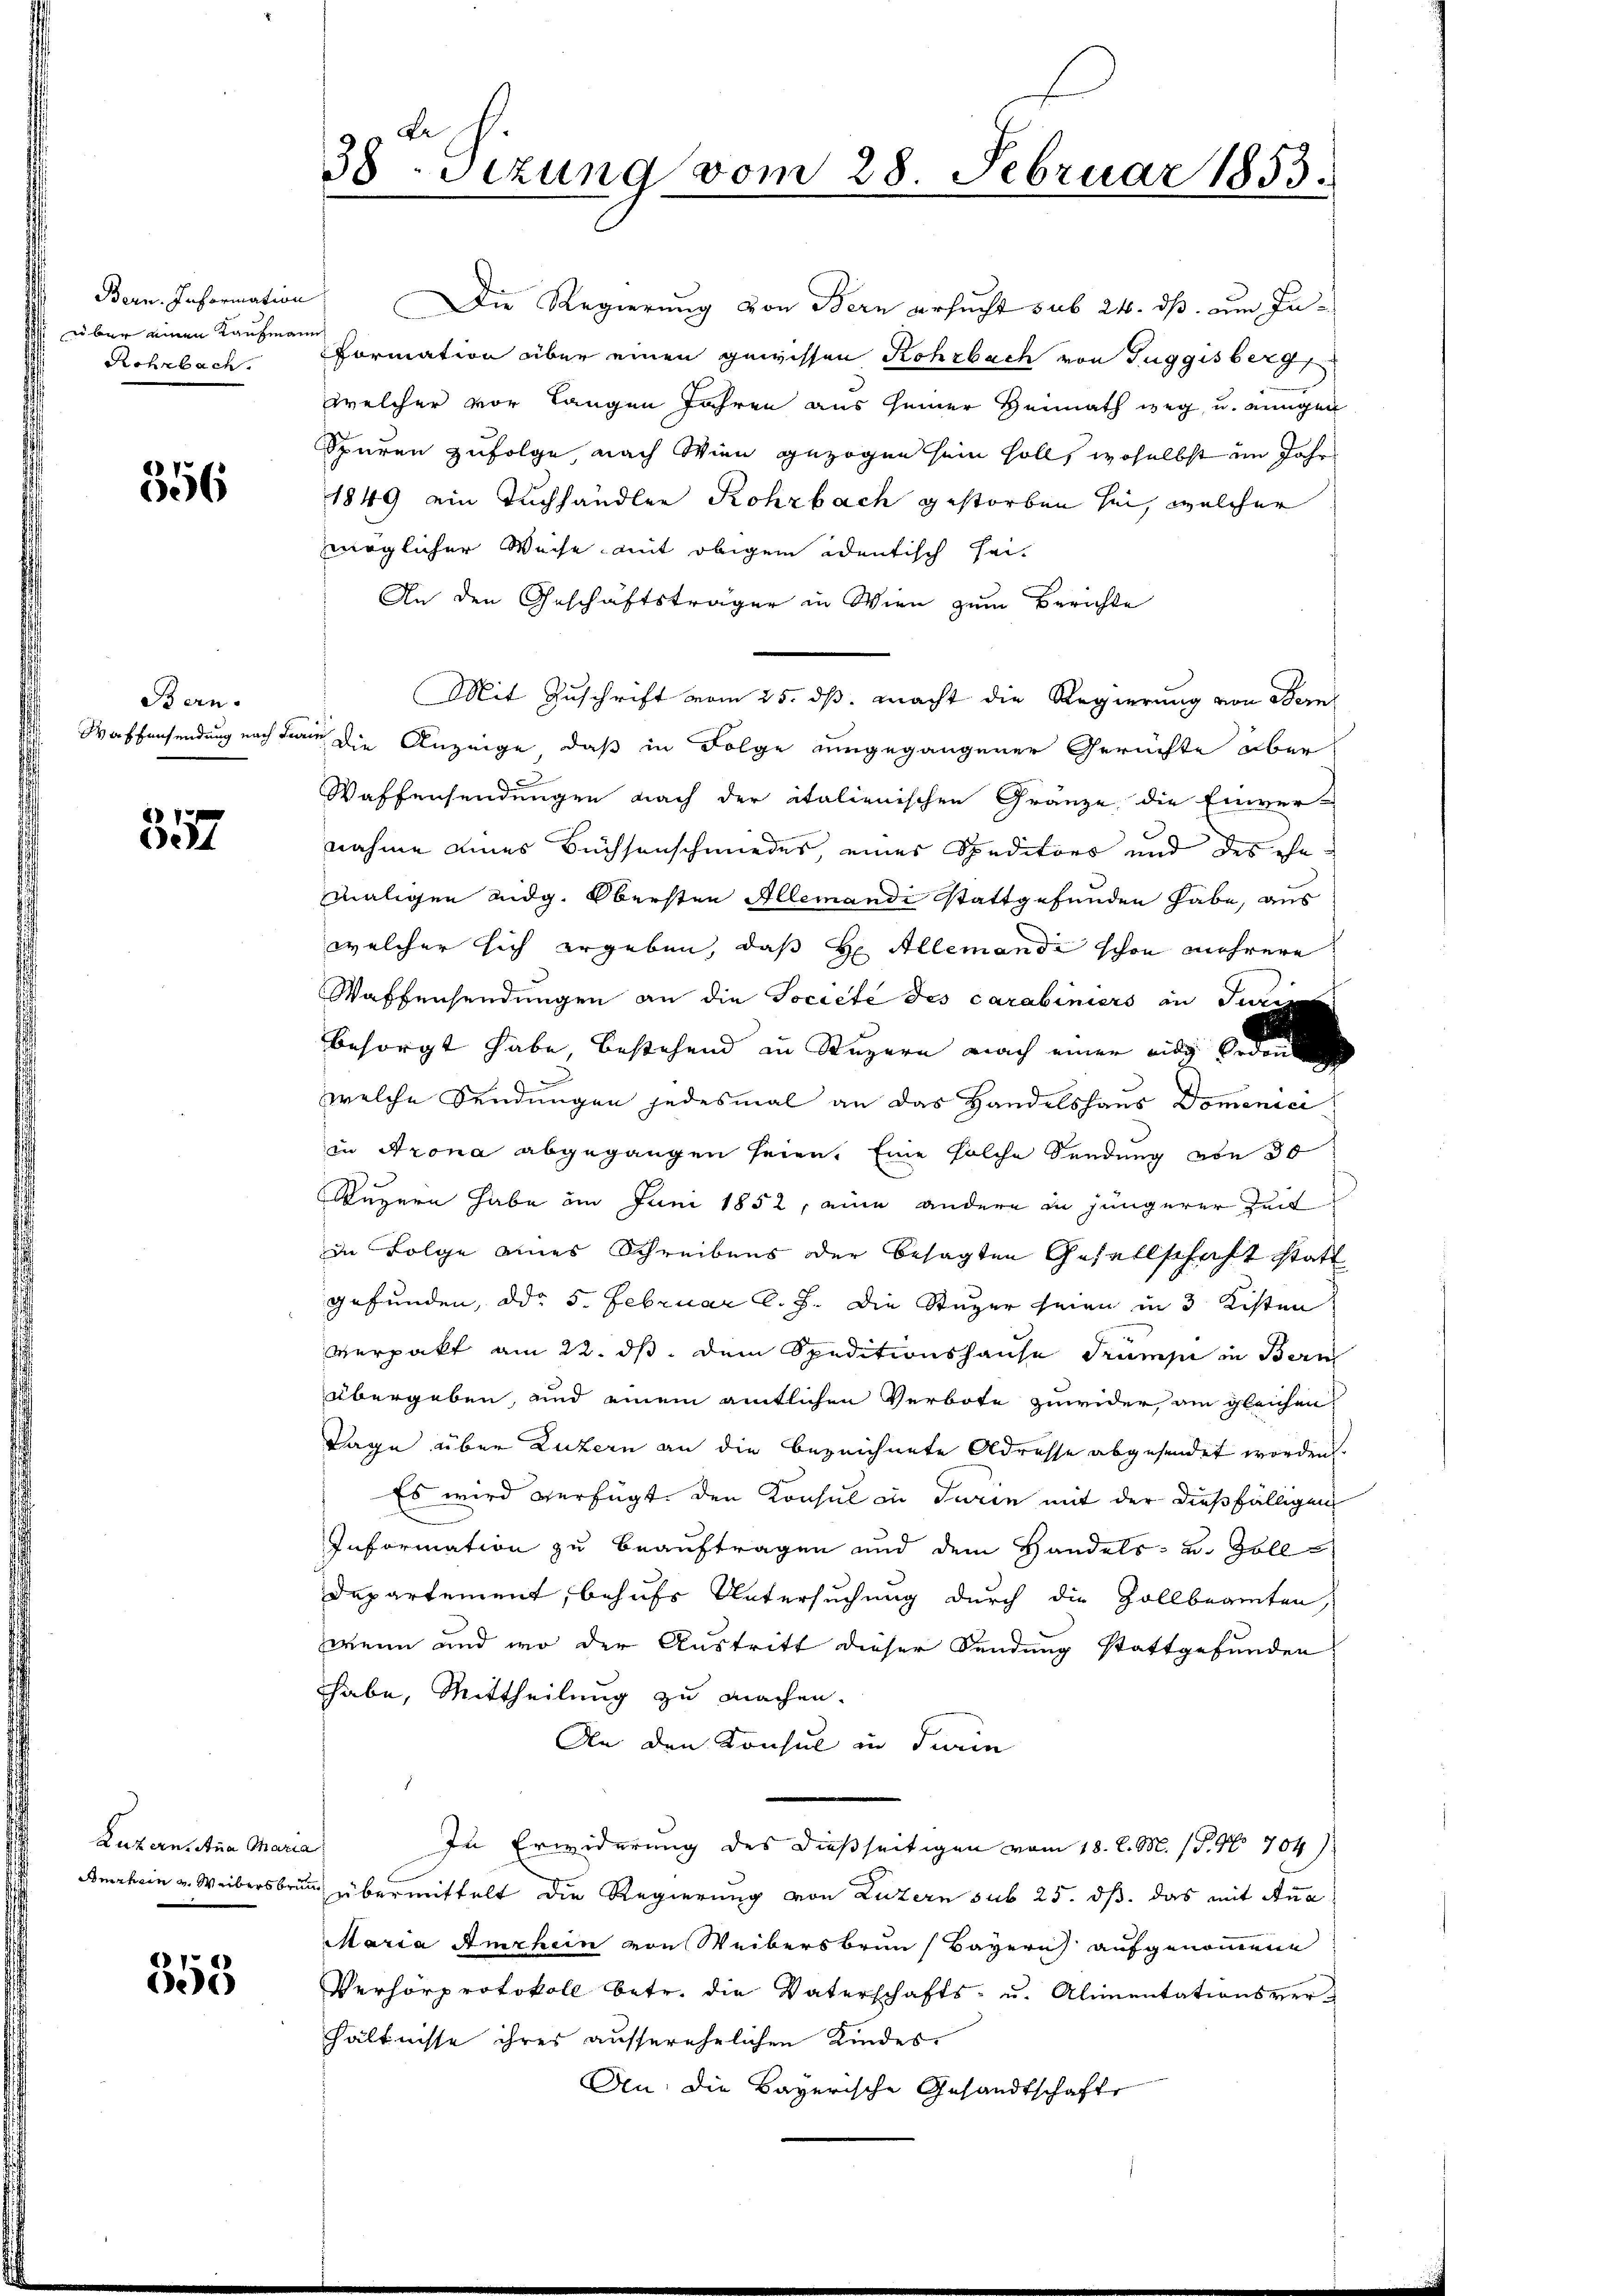
über einen Kaufmann
Rohrbach.

356

Bern.

24

Luzern, Anna Maria

353

Bern. Information. Die Regierung von Bern ersucht sub 24. ds. um Ju¬
Formation über einen gewissen Rohrbach von Tuggisberg
welcher vor langen Jahren aus seiner Heimath weg, u. einigen
Spuren zufolge, nach Wien gezogen sein soll, woselbst im Jahr
1849 ein Tuchhändler Rohrbach gestorben sei, welcher
möglicher Weise mit obigem identisch sei
An den Geschäftsträger in Wien zum Berichte
Mit Zuschrift vom 25. ds. macht die Regierung von Bern
Waffensendung nach dann die Anzeige, daß in Folge eingegangener Gerichte aber
Waffensendungen nach der italienischen Gränze die Einver-
nahme eines Büchsenschmieder, eines Speditors und des ehe
maligen eidg. Obersten Allemandi stattgefunden habe, aus
welcher sich ergeben, daß Hr. Allemande schon mehrere
Waffensendungen an die Societe des carabiniers in Juni
besorgt habe, bestehend in Augern nach einen ein beden
welche Sendungen jedesmal an das Handelshaus Domenici
in Arona abgegangen seien. Eine solche Sendung von 30
Suzern habe am Juni 1852, eine andere in jüngerer Zeit
in Folge eines Schreibens der besagten Gesellschaft statt
gefunden, ddo 5. Februar l. J. Die Stuper seien in 3 Kisten
verpakt am 22. ds. dem Speditionshause Trumpe in Bern
übergeben, und einem amtlichen Verbote zuwider, am gleichen
Tage über Luzern an die bezeichnete Adresse abgesendet worden
Es wird verfügt den Konsul in Turin mit der dießfälligen
Information zu beauftragen und dem Handels- u. Zolldepartement, behufs Untersuchung durch die Zollbeamten,
wenn und wo der Austritt dieser Sendung stattgefunden
habe, Mittheilung zu machen.
An den Konsul in darin
In Erwiderung des dießseitigen vom 18. d. M. (T. No 704)
Amrhein u. Weibersbruck übermittelt die Regierung von Luzern sub 25. dß das mit Ana
Maria Amrhein von Weibersbrun (Bayern aufgenommene
Verhörprotokoll betr. die Vaterschafts- u. Alimentationsverhältnisse ihres ausserehelichen Kindes¬
An: die Bayerische Gesandtschafte

38. Sizung vom 28. Februar 1853.